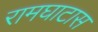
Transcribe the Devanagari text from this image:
रामघाटास